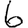
Digit: 6